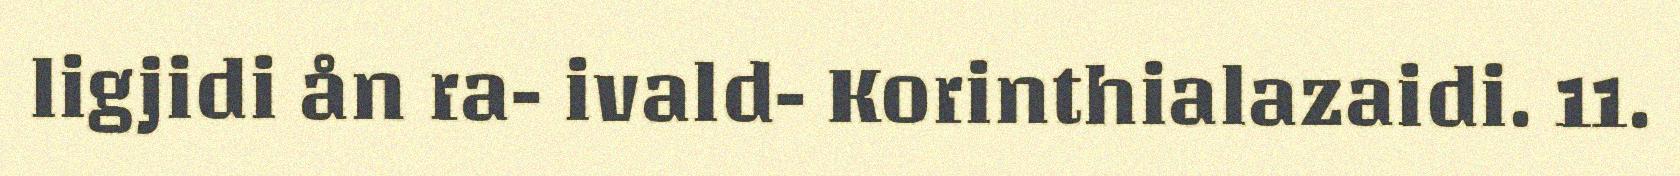
ligjidi ån ra- ivald- Korinthialazaidi. 11.